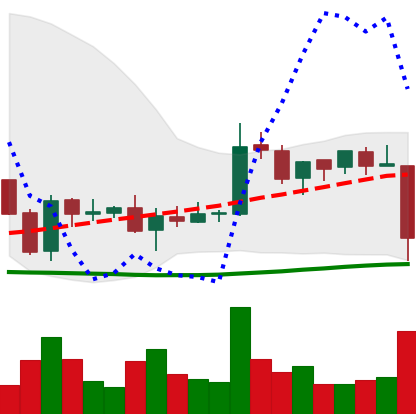
Ticker: EOS-USD
Chart end date: 2018-06-10
Forward return: -6.387%
Label: down_5_7